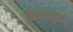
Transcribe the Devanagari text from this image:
दधवाङा